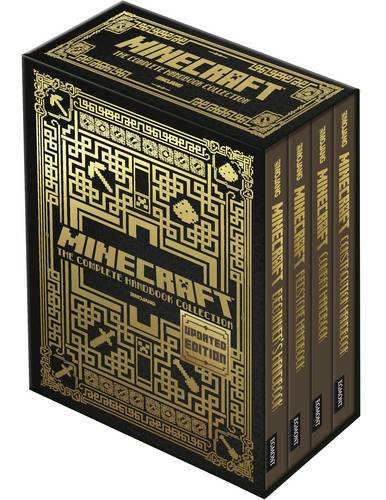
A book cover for Minecraft: The Complete Handbook Collection; Children's Books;